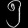
Digit: ၅